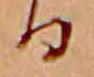
る